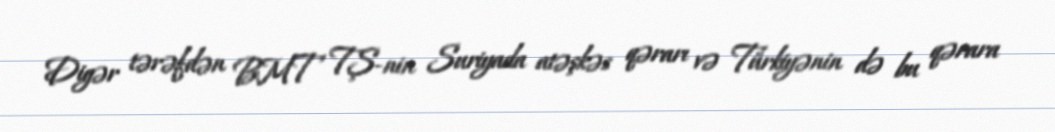
Digər tərəfdən BMT TŞ-nin Suriyada atəşkəs qərarı və Türkiyənin də bu qərara